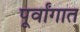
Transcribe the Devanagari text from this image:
पूर्वांगात